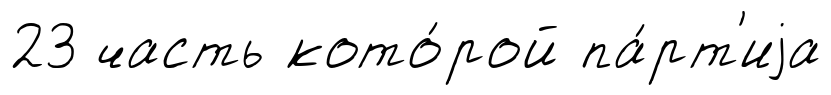
23 часть кото́рой па́рт'иjа